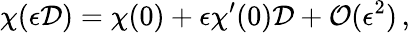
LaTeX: \chi(\epsilon\mathcal{D})=\chi(0)+\epsilon\chi^{\prime}(0)\mathcal{D}+\mathcal{O}(\epsilon^{2})\, ,